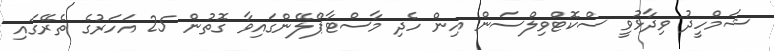
ޝަމްހީދު ވިދާޅުވީ ސްކޮޓްވިލްސަން އިން ހެދި މާސްޓާޕްލޭންގައިވާ ގޮތުން 25 އަހަރުގެ ތެރޭގައި